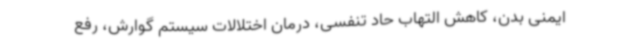
ایمنی بدن، کاهش التهاب حاد تنفسی، درمان اختلالات سیستم گوارش، رفع